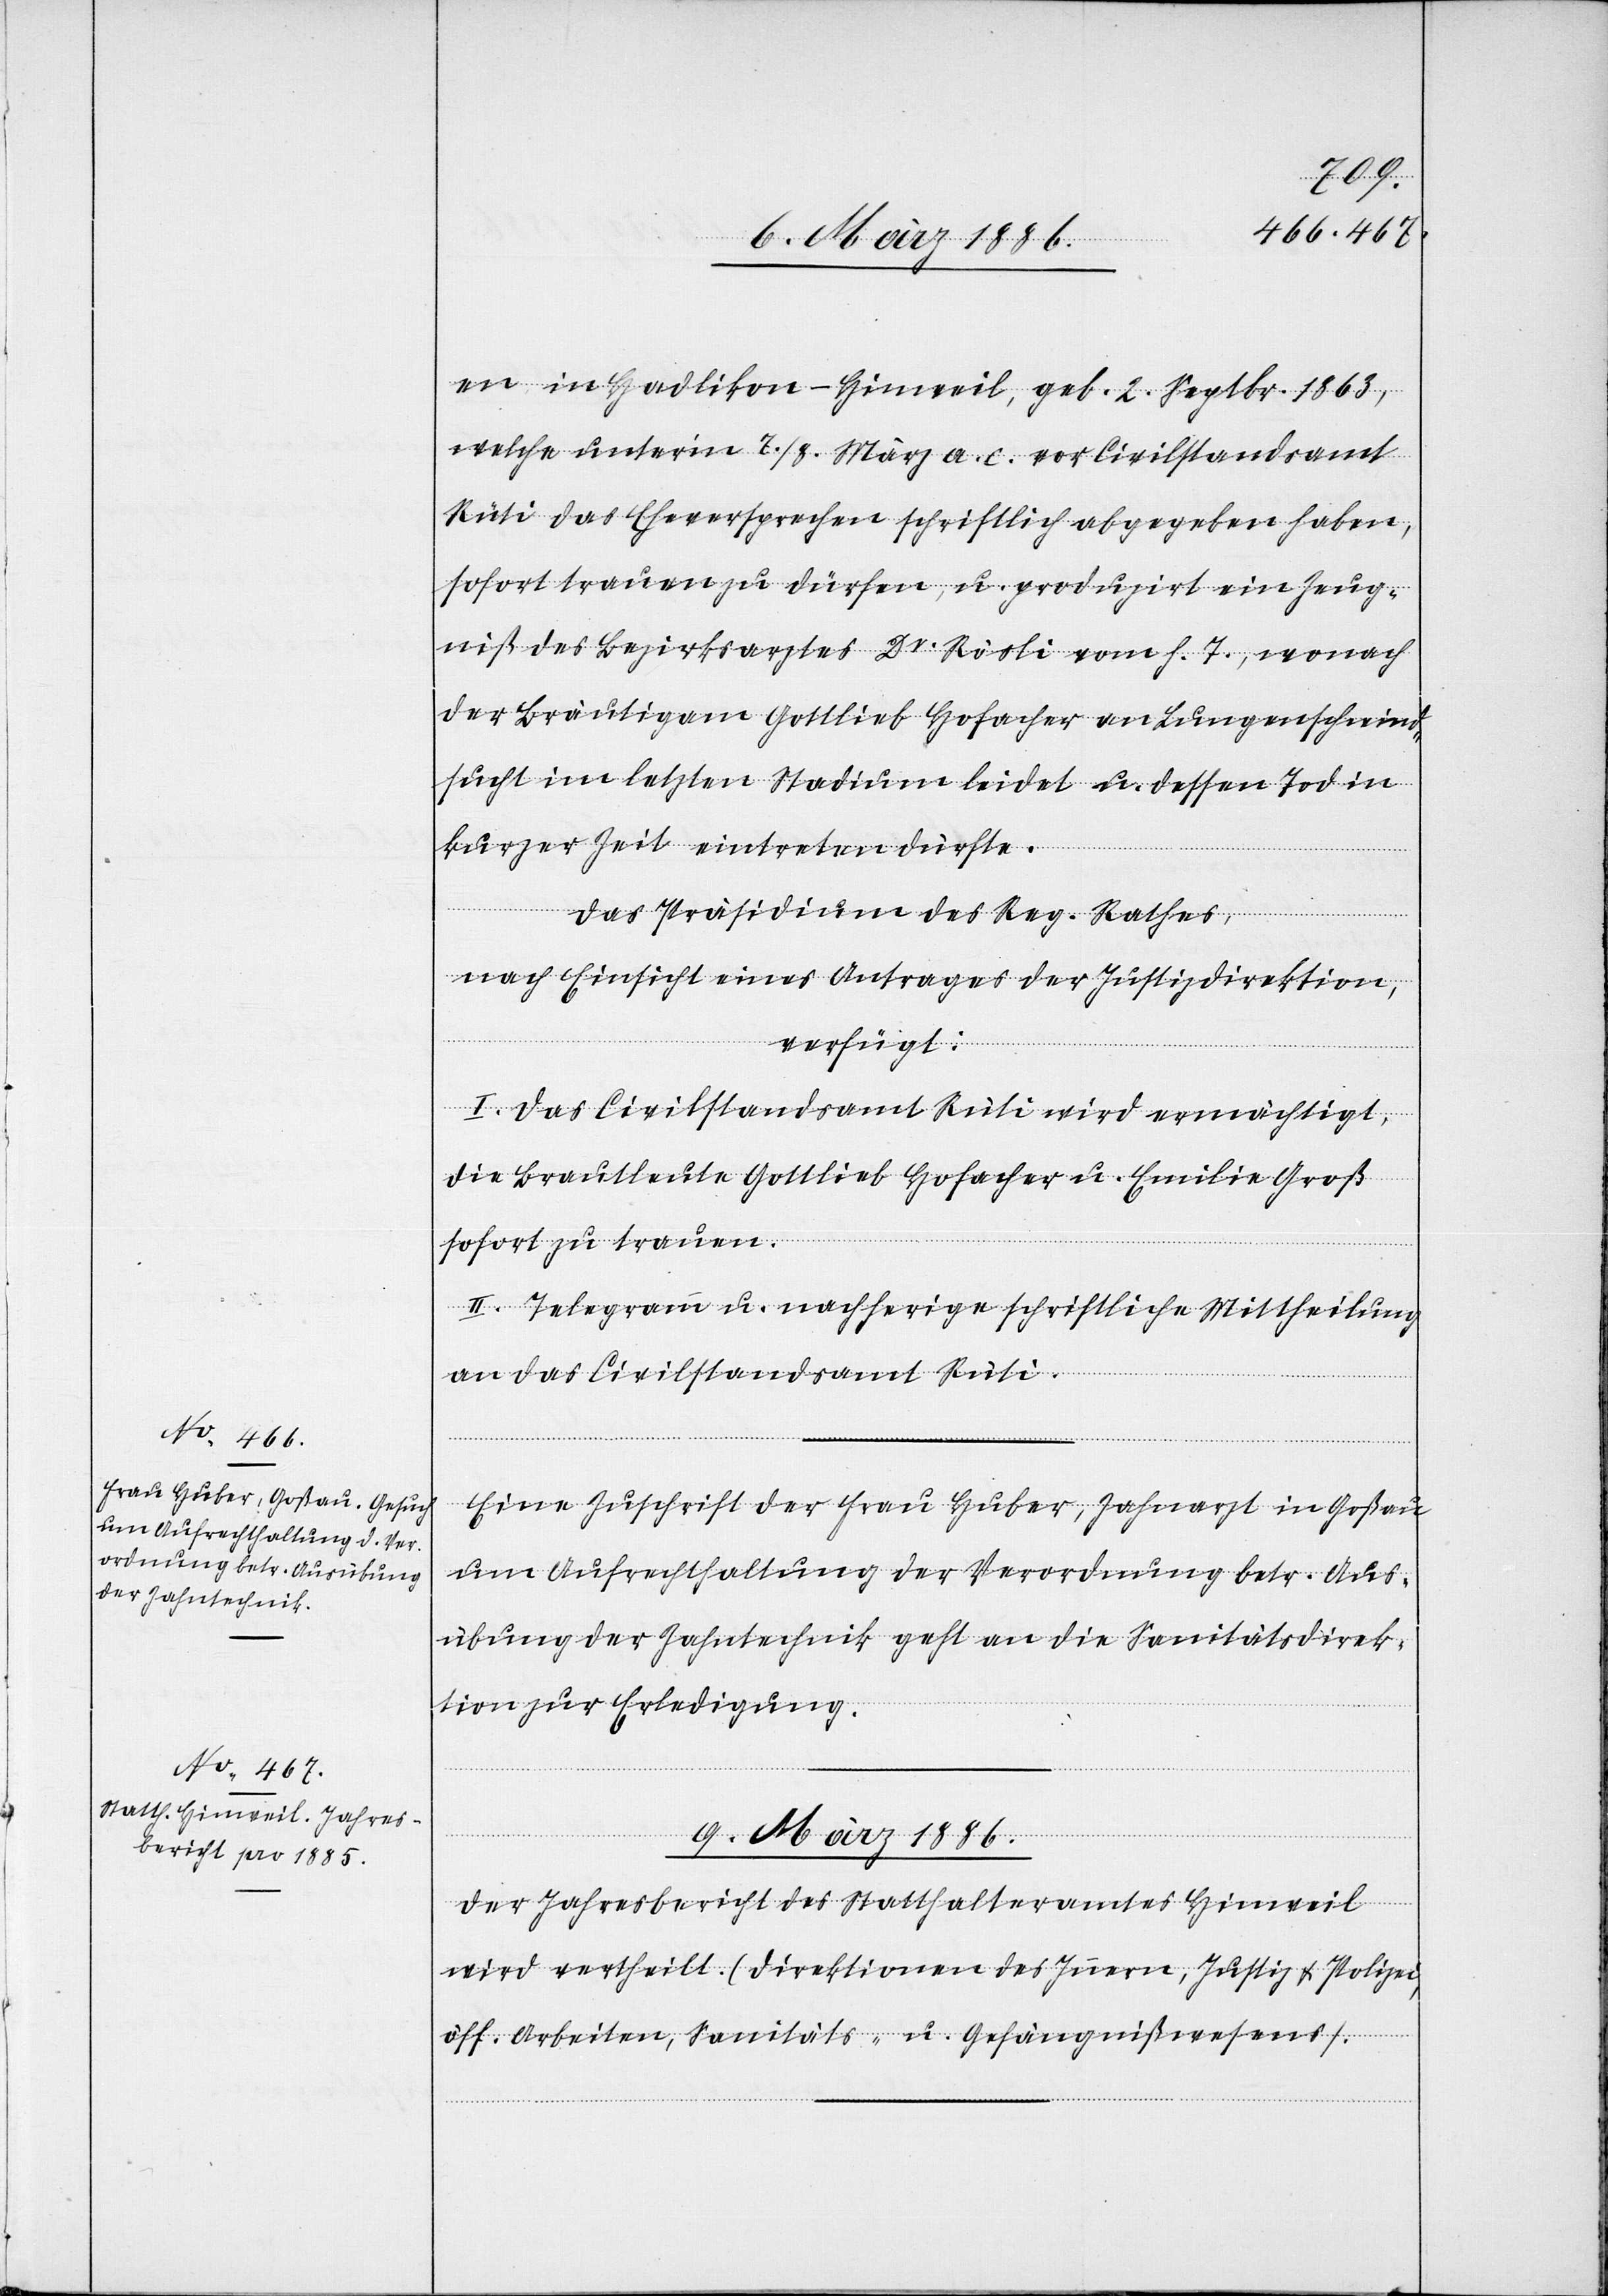
8. März 1886.]
en in Hadlikon - Hinweil, geb. 2. Septbr. 1863,
welche unter’m 7./8. März a. c. vor Civilstandsamt
Rüti das Eheversprechen schriftlich abgegeben haben,
sofort trauen zu dürfen, u. produzirt ein Zeug¬
niß des Bezirksarztes Dr. Rösli vom h. 7., wonach
der Bräutigam Gottlieb Hofacher an Lungenschwind¬
sucht im letzten Stadium leidet u. dessen Tod in
kurzer Zeit eintreten dürfte.
Das Präsidium des Reg. Rathes,
nach Einsicht eines Antrages der Justizdirektion,
verfügt:
I. Das Civilstandsamt Rüti wird ermächtigt,
die Brautleute Gottlieb Hofacher u. Emilie Groß
sofort zu trauen.
II. Telegramm u. nachherige schriftliche Mittheilung
an das Civilstandsamt Rüti.
Eine Zuschrift der Frau Huber, Zahnarzt in Goßau
um Aufrechterhaltung der Verordnung betr. Aus¬
übung der Zahntechnik geht an die Sanitätsdirek¬
tion zur Erledigung.
9. März 1886.
Der Jahresbericht des Statthalteramtes Hinweil
wird vertheilt (Direktionen des Innern, Justiz & Polizei,
öff. Arbeiten, Sanitäts- u. Gefängnißwesens).